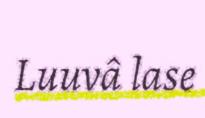
Luuvâ lase